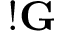
! \mathbf G